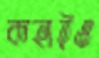
কহাইও